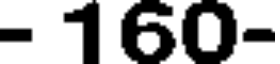
- 160-